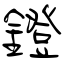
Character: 鐙